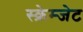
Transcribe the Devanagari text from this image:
स्क्रेम्जेट